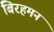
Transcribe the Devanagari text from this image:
बिरहमन